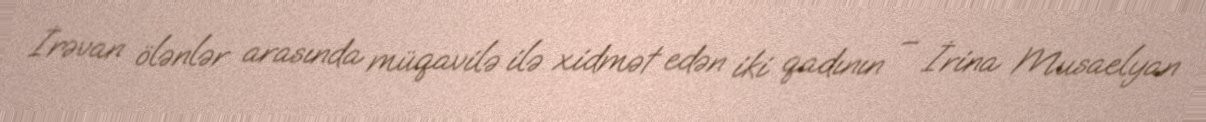
İrəvan ölənlər arasında müqavilə ilə xidmət edən iki qadının – İrina Musaelyan